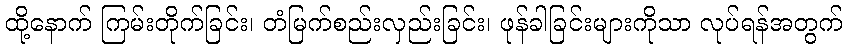
ထို့နောက် ကြမ်းတိုက်ခြင်း၊ တံမြက်စည်းလှည်းခြင်း၊ ဖုန်ခါခြင်းများကိုသာ လုပ်ရန်အတွက်